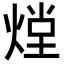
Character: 𭵏